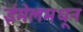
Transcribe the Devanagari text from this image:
ईमेलमधून